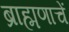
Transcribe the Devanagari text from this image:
ब्राह्मणाचें